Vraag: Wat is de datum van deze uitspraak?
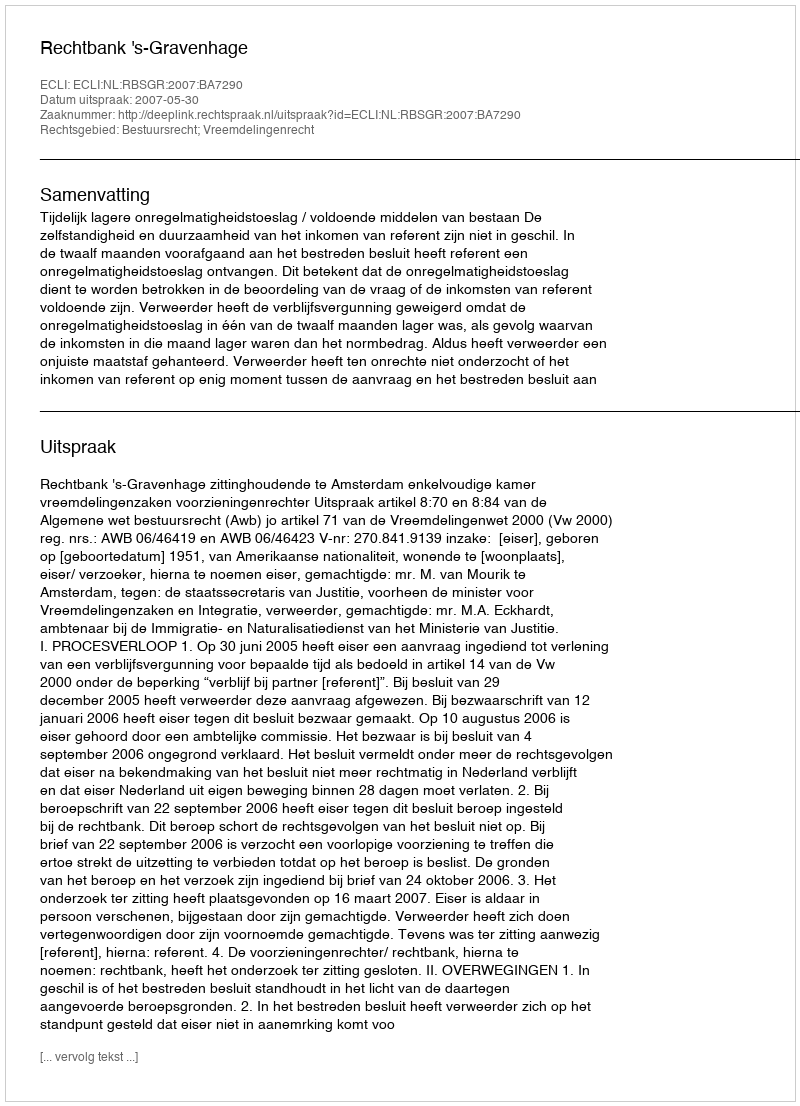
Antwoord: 2007-05-30